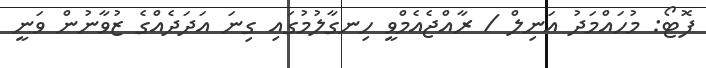
ފޮޓޯ: މުހައްމަދު އަނިލް / ރާއްޖެއެމްވީ ހިނގާލުމުގައި ގިނަ އަދަދެއްގެ ޒުވާނުން ވަނީ